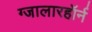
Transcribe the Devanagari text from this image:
ग्जालारहॉर्न